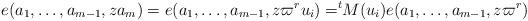
LaTeX: \begin{align*}e(a_1,\dots, a_{m-1}, za_m)=e(a_1,\dots, a_{m-1}, z\varpi^ru_i)=^t\!\!M(u_i)e(a_1,\dots, a_{m-1}, z\varpi^r)\end{align*}